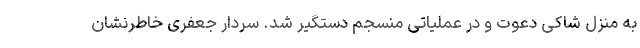
به منزل شاکی دعوت و در عملیاتی منسجم دستگیر شد. سردار جعفری خاطرنشان